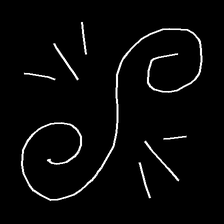
Glyph: wind-directs-air